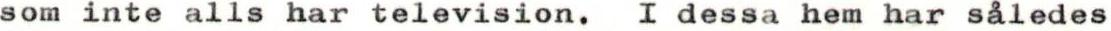
som inte alls har television, I dessa hem har således